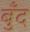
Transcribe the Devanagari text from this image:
बुँद